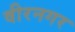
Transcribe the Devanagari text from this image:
वीरनगर